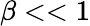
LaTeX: \beta<<1